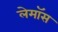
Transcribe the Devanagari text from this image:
लेमॉस